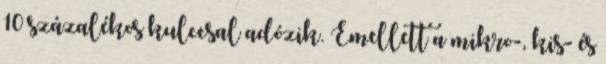
10 százalékos kulccsal adózik. Emellett a mikro-, kis- és